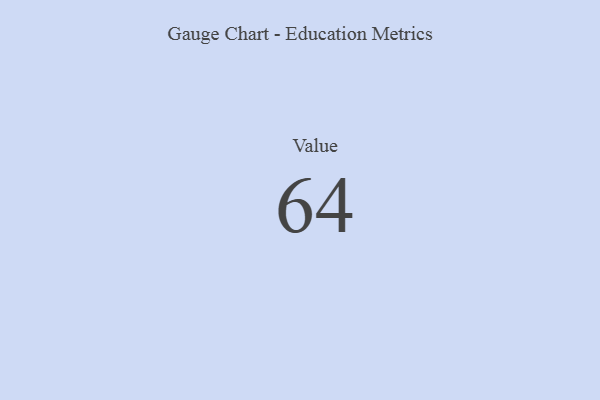
{"axis": {"x": "Metric", "y": "Value"}, "legend": [""], "data": [{"x": "Value", "y": 64, "type": ""}]}